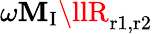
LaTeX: \omega\mathbf{M}_{\mathrm{{I}}}\llR_{\mathrm{{r1,r2}}}